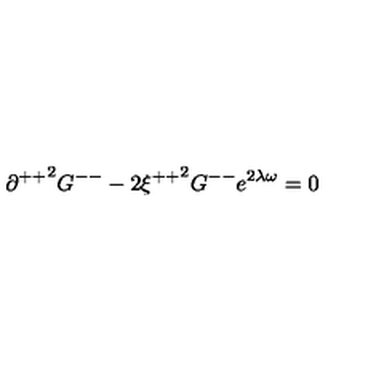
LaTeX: { \partial ^ { + + } } ^ { 2 } G ^ { -- } - 2 { \xi ^ { + + } } ^ { 2 } G ^ { -- } e ^ { 2 \lambda \omega } = 0 \,